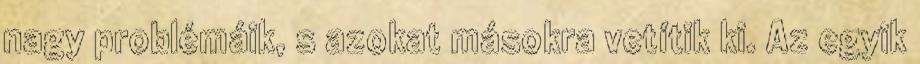
nagy problémáik, s azokat másokra vetítik ki. Az egyik